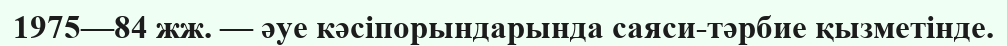
1975—84 жж. — әуе кәсіпорындарында саяси-тәрбие қызметінде.